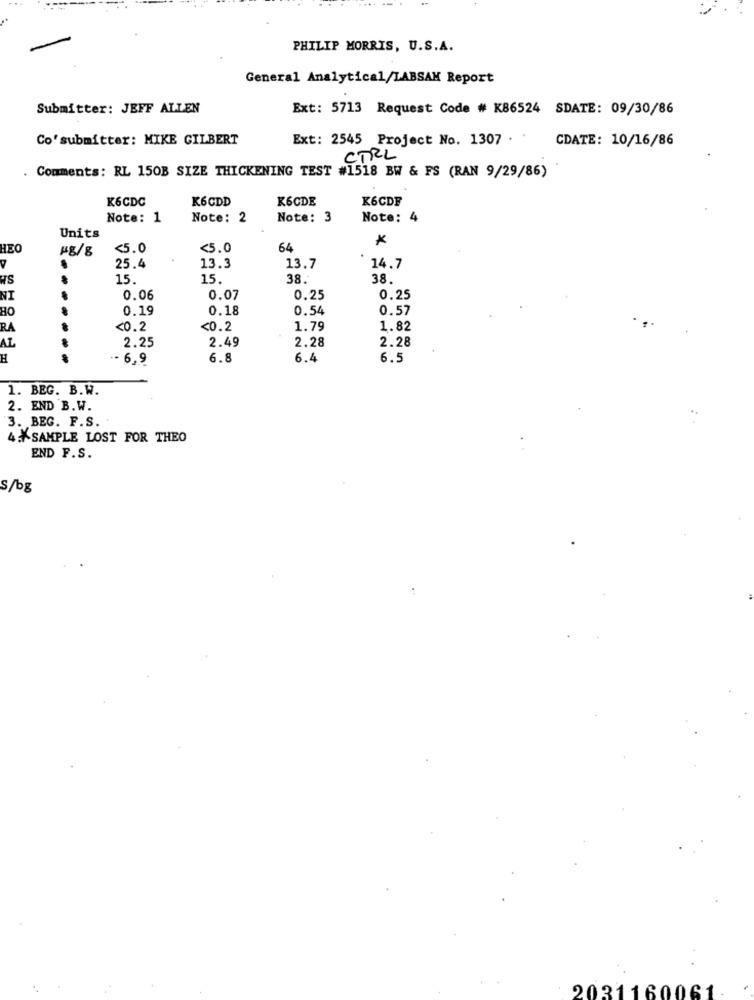
PHILIP MORRIS, U.S.A.
General Analytical/LABSAM Report
Submitter: JEFF ALLEN
Ext: 5713 Request Code # K86524 SDATE: 09/30/86
Co'submitter: MIKE GILBERT
Ext: 2545 Project No. 1307 . .
CDATE: 10/16/86
CTRL
. Comments: RL 150B SIZE THICKENING TEST #1518 BW & FS (RAN 9/29/86)
K6CDC
K6CDD
K6CDE
K6CDF
Note: 1
Note: 2
Note: 3
Note: 4
Units
18/8
<5.0
<5.0
64
25.4
13.3
13.7
14.7
HS
15.
15.
38.
38.
NT
...
0.06
0.07
0.25
0.25
HO
0.19
0.18
0.54
0.57
RA
<0.2
<0.2
1.79
1.82
AZ
2.25
2.49
2.28
2.28
.. 6,9
6.8
6.4
6.5
1. BEG. B.W.
2. END B.W.
3. BEG. F.S.
4. SAMPLE LOST FOR THEO
END F.S.
S/bg
2031160061